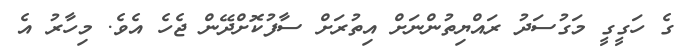
ގެ ހަގީގީ މަގުސަދު ރައްޔިތުންނަށް އިތުރަށް ސާފުކޮށްދޭން ޖެހެ އެވެ. މިހާރު އެ